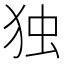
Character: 独